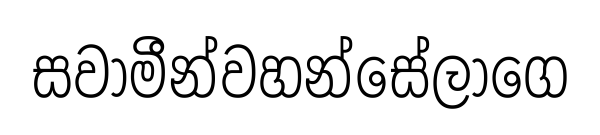
සවාමීන්වහන්සේලාගෙ